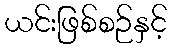
ယင်းဖြစ်စဉ်နှင့်